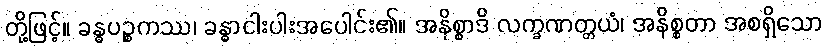
တို့ဖြင့်။ ခန္ဓပဉ္စကဿ၊ ခန္ဓာငါးပါးအပေါင်း၏။ အနိစ္စာဒိ လက္ခဏတ္တယံ၊ အနိစ္စတာ အစရှိသော